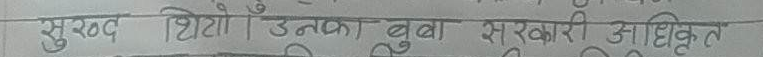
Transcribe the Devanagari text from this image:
सुखद शिशिर। उनका बुढा सरकारी आधिपत्य